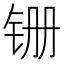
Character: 𫟶